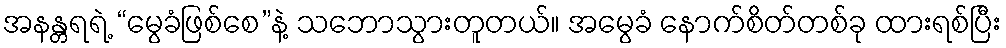
အနန္တရရဲ့ “မွေခံဖြစ်စေ”နဲ့ သဘောသွားတူတယ်။ အမွေခံ နောက်စိတ်တစ်ခု ထားရစ်ပြီး